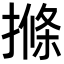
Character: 𭢌